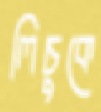
লিচুকে